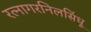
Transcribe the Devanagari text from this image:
रत्नागरनिलसिंधू